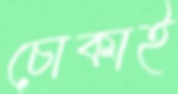
চোকাই